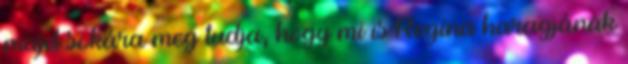
majd sokára meg tudja, hogy mi is Regina haragjának